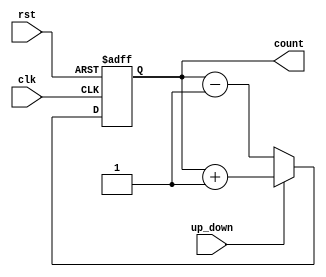
module UpDownCounter (
    input wire clk,          // Clock input
    input wire rst,          // Asynchronous reset
    input wire up_down,      // Up/Down control
    output reg [3:0] count   // 4-bit count output
);

    // Always block triggered on the rising edge of the clock or the reset signal
    always @(posedge clk or posedge rst) begin
        if (rst) begin
            // Asynchronous reset: set count to 0
            count <= 4'b0000;
        end else begin
            // Counting logic
            if (up_down) begin
                // Count up
                count <= count + 1;
            end else begin
                // Count down
                count <= count - 1;
            end
        end
    end

endmodule